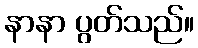
နာနာ ပွတ်သည်။